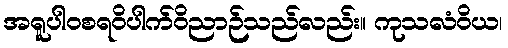
အရူပါဝစရဝိပါက်ဝိညာဉ်သည်လည်း။ ကုသလံဝိယ၊